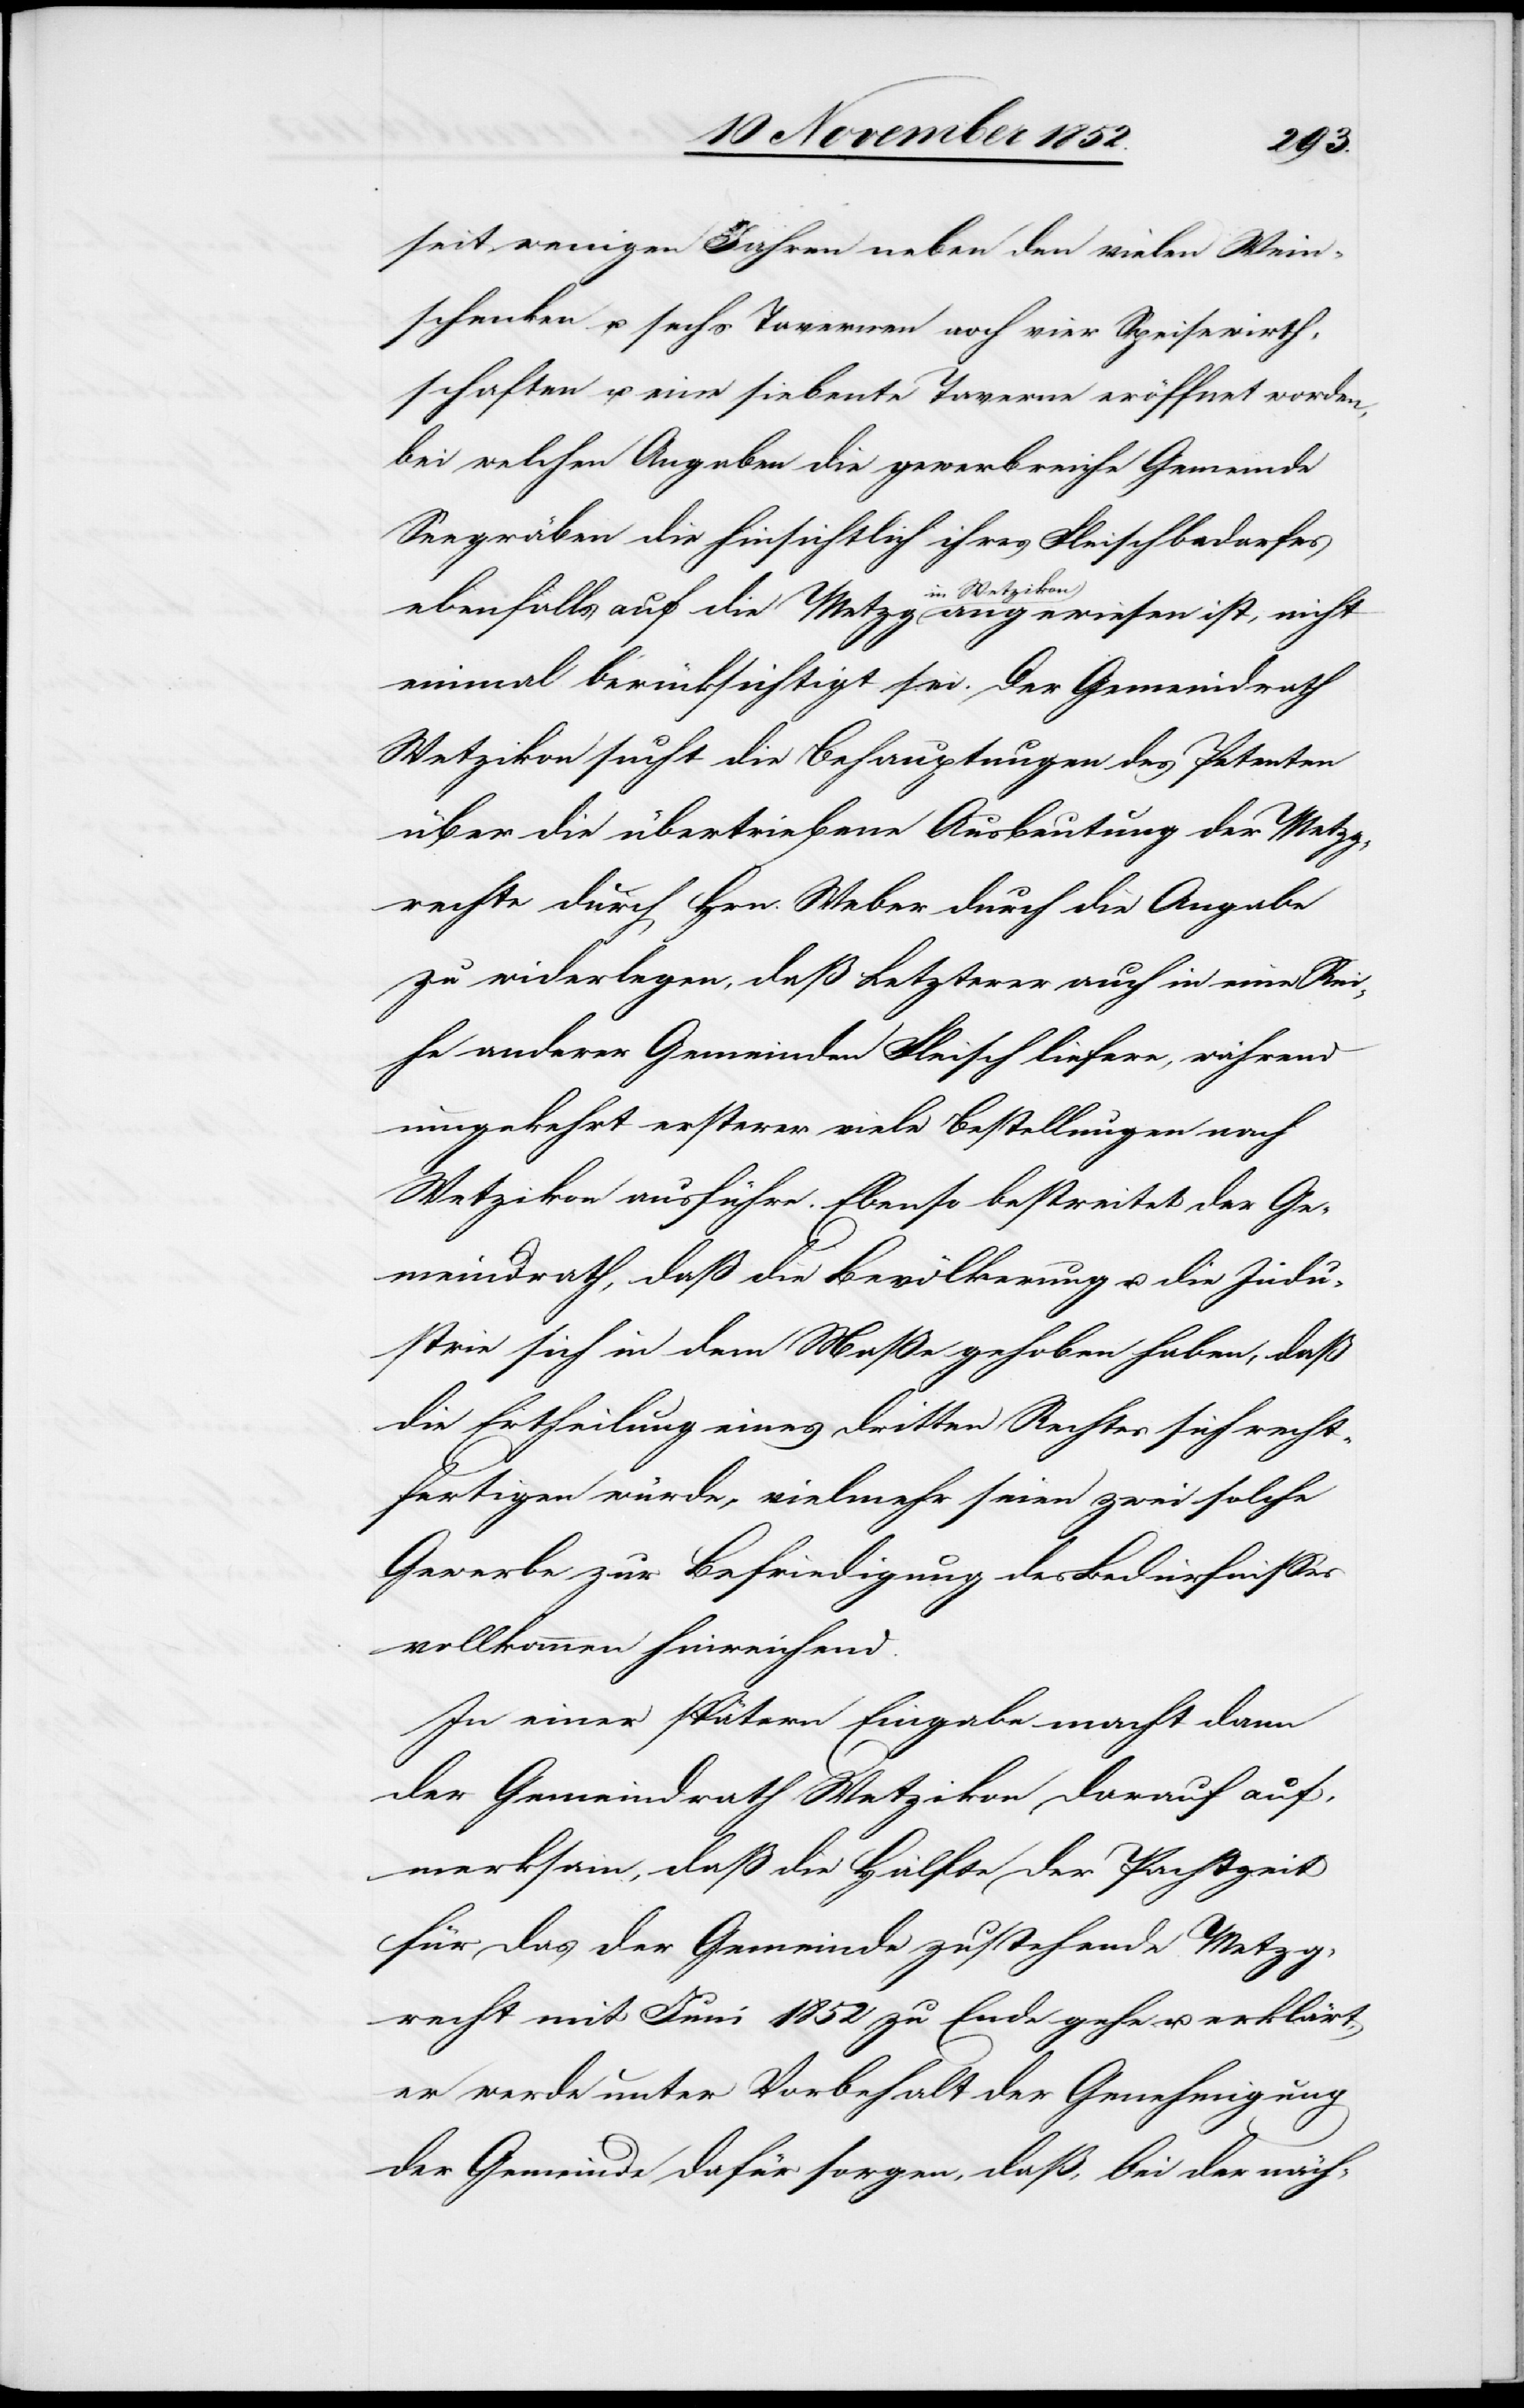
seit wenigen Jahren neben den vielen Wein¬
schenken u. sechs Tavernen noch vier Speisewirth¬
schaften u. eine siebente Taverne eröffnet worden,
bei welchen Angaben die gewerbreiche Gemeinde
Seegräben die hinsichtlich ihres Fleischbedarfes
ebenfalls auf die Metzg in Wetzikon angewiesen ist, nicht
einmal berücksichtigt sei. Der Gemeindrath
Wetzikon sucht die Behauptungen des Petenten
über die übertriebene Ausbeutung der Metzg¬
rechte durch Hrn. Weber durch die Angabe
zu widerlegen, daß Letzterer auch in eine Rei¬
he anderer Gemeinden Fleisch liefere, während
umgekehrt ersterer viele Bestellungen nach
Wetzikon ausführe. Ebenso bestreitet der Ge¬
meindrath, daß die Bevölkerung u. die Indu¬
strie sich in dem Maße gehoben haben, daß
die Ertheilung eines dritten Rechtes sich recht¬
fertigen würde, vielmehr seien zwei solche
Gewerbe zur Befriedigung des Bedürfnisses
vollkommen hinreichend.
In einer spätern Eingabe macht dann
der Gemeindrath Wetzikon darauf auf¬
merksam, daß die Hälfte der Pachtzeit
für das der Gemeinde zustehende Metzg¬
recht mit Juni 1852 zu Ende gehe u. erklärt,
er werde unter Vorbehalt der Genehmigung
der Gemeinde dafür sorgen, daß, bei der näch-